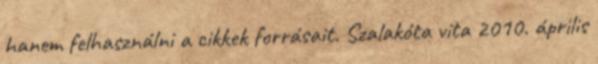
hanem felhasználni a cikkek forrásait. Szalakóta vita 2010. április